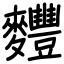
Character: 麷